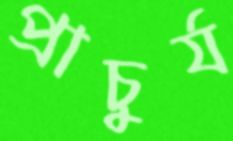
প্রাচুর্য